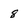
Character: 8